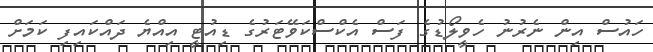
ހައުސް އިން ނެރުނު ހެވީލޯޑުގެ ފަސް އެކްސްކަވޭޓަރުގެ ޑިއުޓީ އިއްޔެ ދައްކައިފި ކަމަށް